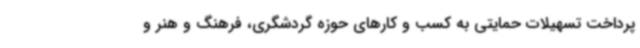
پرداخت تسهیلات حمایتی به کسب و کارهای حوزه گردشگری، فرهنگ و هنر و